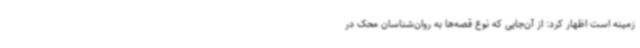
زمینه است اظهار کرد: از آن‌جایی که نوع قصه‌ها به روان‌شناسان محک در